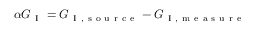
\alpha G _ { \mathrm { ~ I ~ } } = G _ { \mathrm { ~ I ~ , ~ s ~ o ~ u ~ r ~ c ~ e ~ } } - G _ { \mathrm { ~ I ~ , ~ m ~ e ~ a ~ s ~ u ~ r ~ e ~ } }